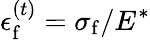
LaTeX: \epsilon_{\mathrm{f}}^{(t)}={\sigma_{\mathrm{f}}}/{E^{*}}